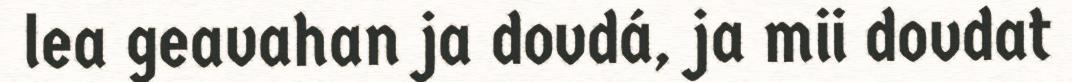
lea geavahan ja dovdá, ja mii dovdat